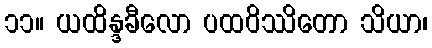
၁၁။ ယထိန္ဒခီလော ပထဝိဿိတော သိယာ၊